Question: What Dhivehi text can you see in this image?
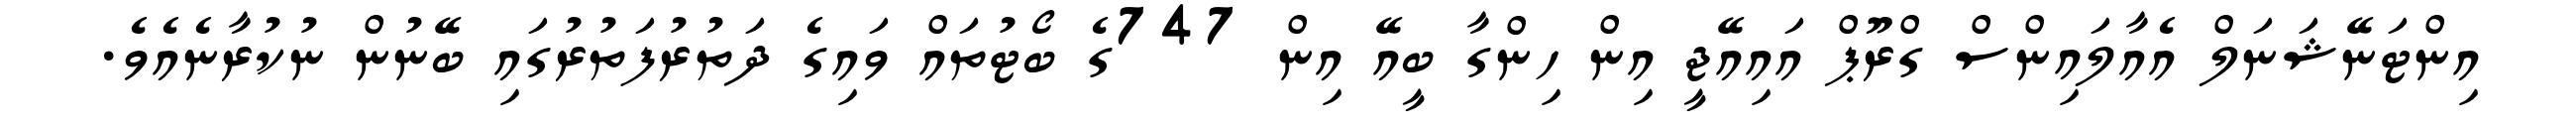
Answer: އިންޓަނޭޝަނަލް އެއާލައިންސް ގްރޫޕް އައިއޭޖީ އިން ހިންގާ ބީއޭ އިން 747ގެ ބޯޓުތައް ވައިގެ ދަތުރުފަތުރުގައި ބޭނުން ނުކުރާނެއެވެ.